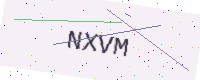
Text: NXVM